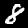
Digit: 8